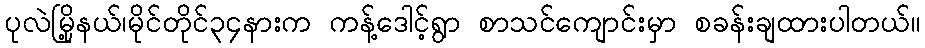
ပုလဲမြို့နယ်၊မိုင်တိုင်၃၄နားက ကန့်ဒေါင့်ရွာ စာသင်ကျောင်းမှာ စခန်းချထားပါတယ်။